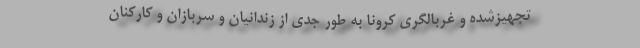
تجهیزشده و غربالگری کرونا به طور جدی از زندانیان و سربازان و کارکنان